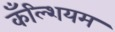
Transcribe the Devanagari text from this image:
कँल्शियम